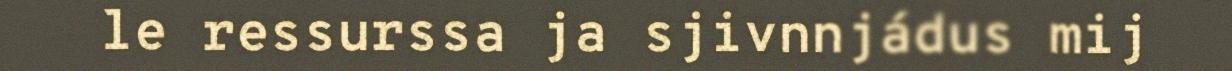
le ressurssa ja sjivnnjádus mij